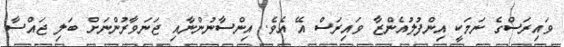
ވައިރަސްގެ ނަމަކީ އިންފުލުއެންޒާ ވައިރަސް އޭ އެވެ. އިންސާނުންނާއި ޖަނަވާރުންނަށް ބަލި ޖައްސާ